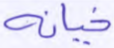
خيانة